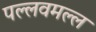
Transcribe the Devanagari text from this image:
पल्लवमल्ल